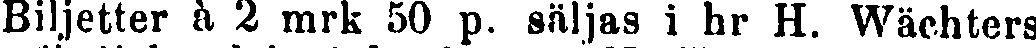
Biljetter à 2 mrk 50 p. säljas i hr H. Wächters